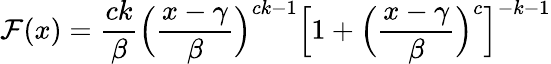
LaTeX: \mathcal{F}(x)={\frac{{ck}}{{\beta}}}{\Big(}{\frac{{x-\gamma}}{{\beta}}}{\Big)}^{ck-1}{\Big[}1+{\Big(}{\frac{{x-\gamma}}{{\beta}}}{\Big)}^{c}{\Big]}^{-k-1}